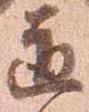
道